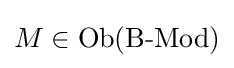
M\in {\text{Ob}}({\text{B-Mod}})